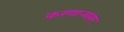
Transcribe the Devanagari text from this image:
करणार्‍यांवर